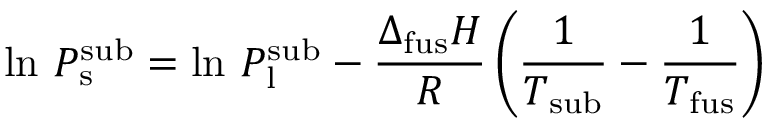
\ln \, P _ { \mathrm { { s } } } ^ { \mathrm { { s u b } } } = \ln \, P _ { \mathrm { { l } } } ^ { \mathrm { { s u b } } } - { \frac { \Delta _ { \mathrm { { f u s } } } H } { R } } \left( { \frac { 1 } { T _ { \mathrm { { s u b } } } } } - { \frac { 1 } { T _ { \mathrm { { f u s } } } } } \right)